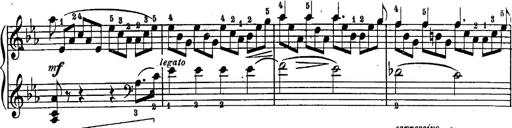
Title: Schubert's Impromptus [revised and edited by Franz Liszt]
Composer: Franz Liszt